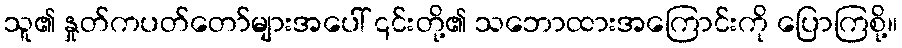
သူ၏ နှုတ်ကပတ်တော်များအပေါ် ၎င်းတို့၏ သဘောထားအကြောင်းကို ပြောကြစို့။